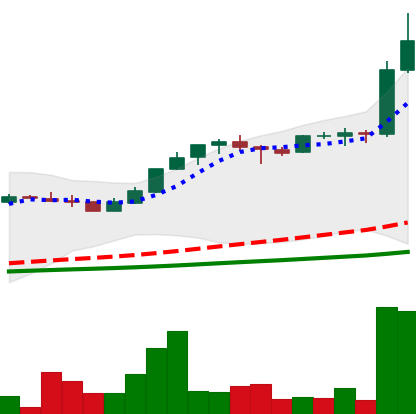
Ticker: LTC-USD
Chart end date: 2017-05-04
Forward return: 43.556%
Label: up_7plus